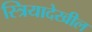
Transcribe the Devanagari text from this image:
स्त्रियादेखील